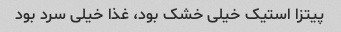
پیتزا استیک خیلی خشک بود، غذا خیلی سرد بود